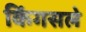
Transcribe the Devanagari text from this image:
किंगसले